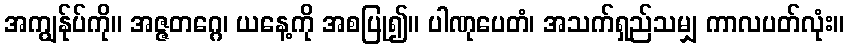
အကျွန်ုပ်ကို။ အဇ္ဇတဂ္ဂေ၊ ယနေ့ကို အစပြု၍။ ပါဏုပေတံ၊ အသက်ရှည်သမျှ ကာလပတ်လုံး။